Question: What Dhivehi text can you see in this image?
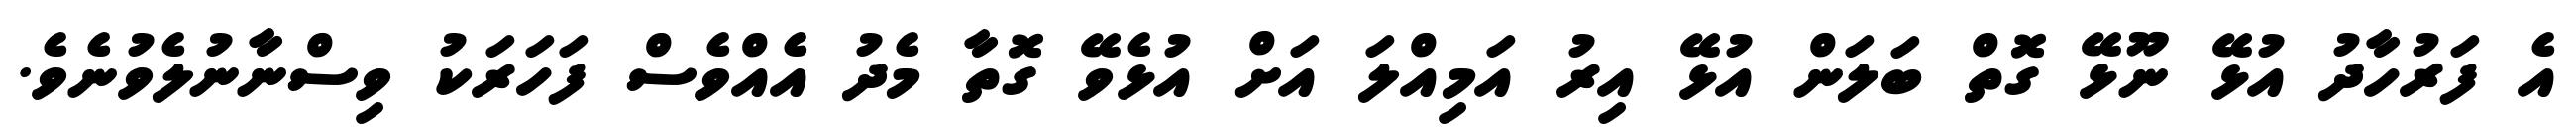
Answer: އެ ފަރުހާދު އުޅޭ ނޫޅޭ ގޮތް ބަލަން އުޅޭ އިރު އަމިއްލަ އަށް އުޅެވޭ ގޮތާ މެދު އެއްވެސް ފަހަރަކު ވިސްނާނުލެވުނެވެ.